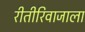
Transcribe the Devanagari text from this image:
रीतीरिवाजाला